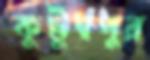
কুটুম্বপুর